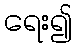
ရေး၍